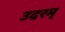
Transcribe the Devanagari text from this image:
उदरम्‌